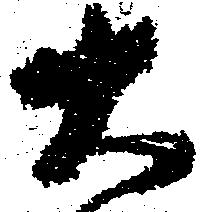
大